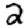
Digit: 2